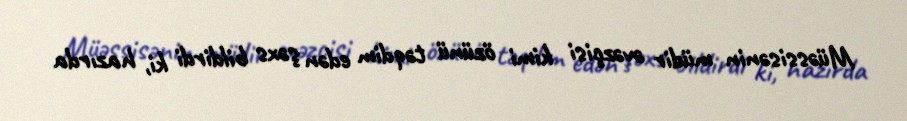
Müəssisənin müdir əvəzçisi kimi özünü təqdim edən şəxs bildirdi ki, hazırda